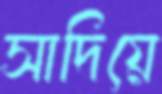
সাদিয়ে